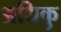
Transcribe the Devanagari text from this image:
अधिकु